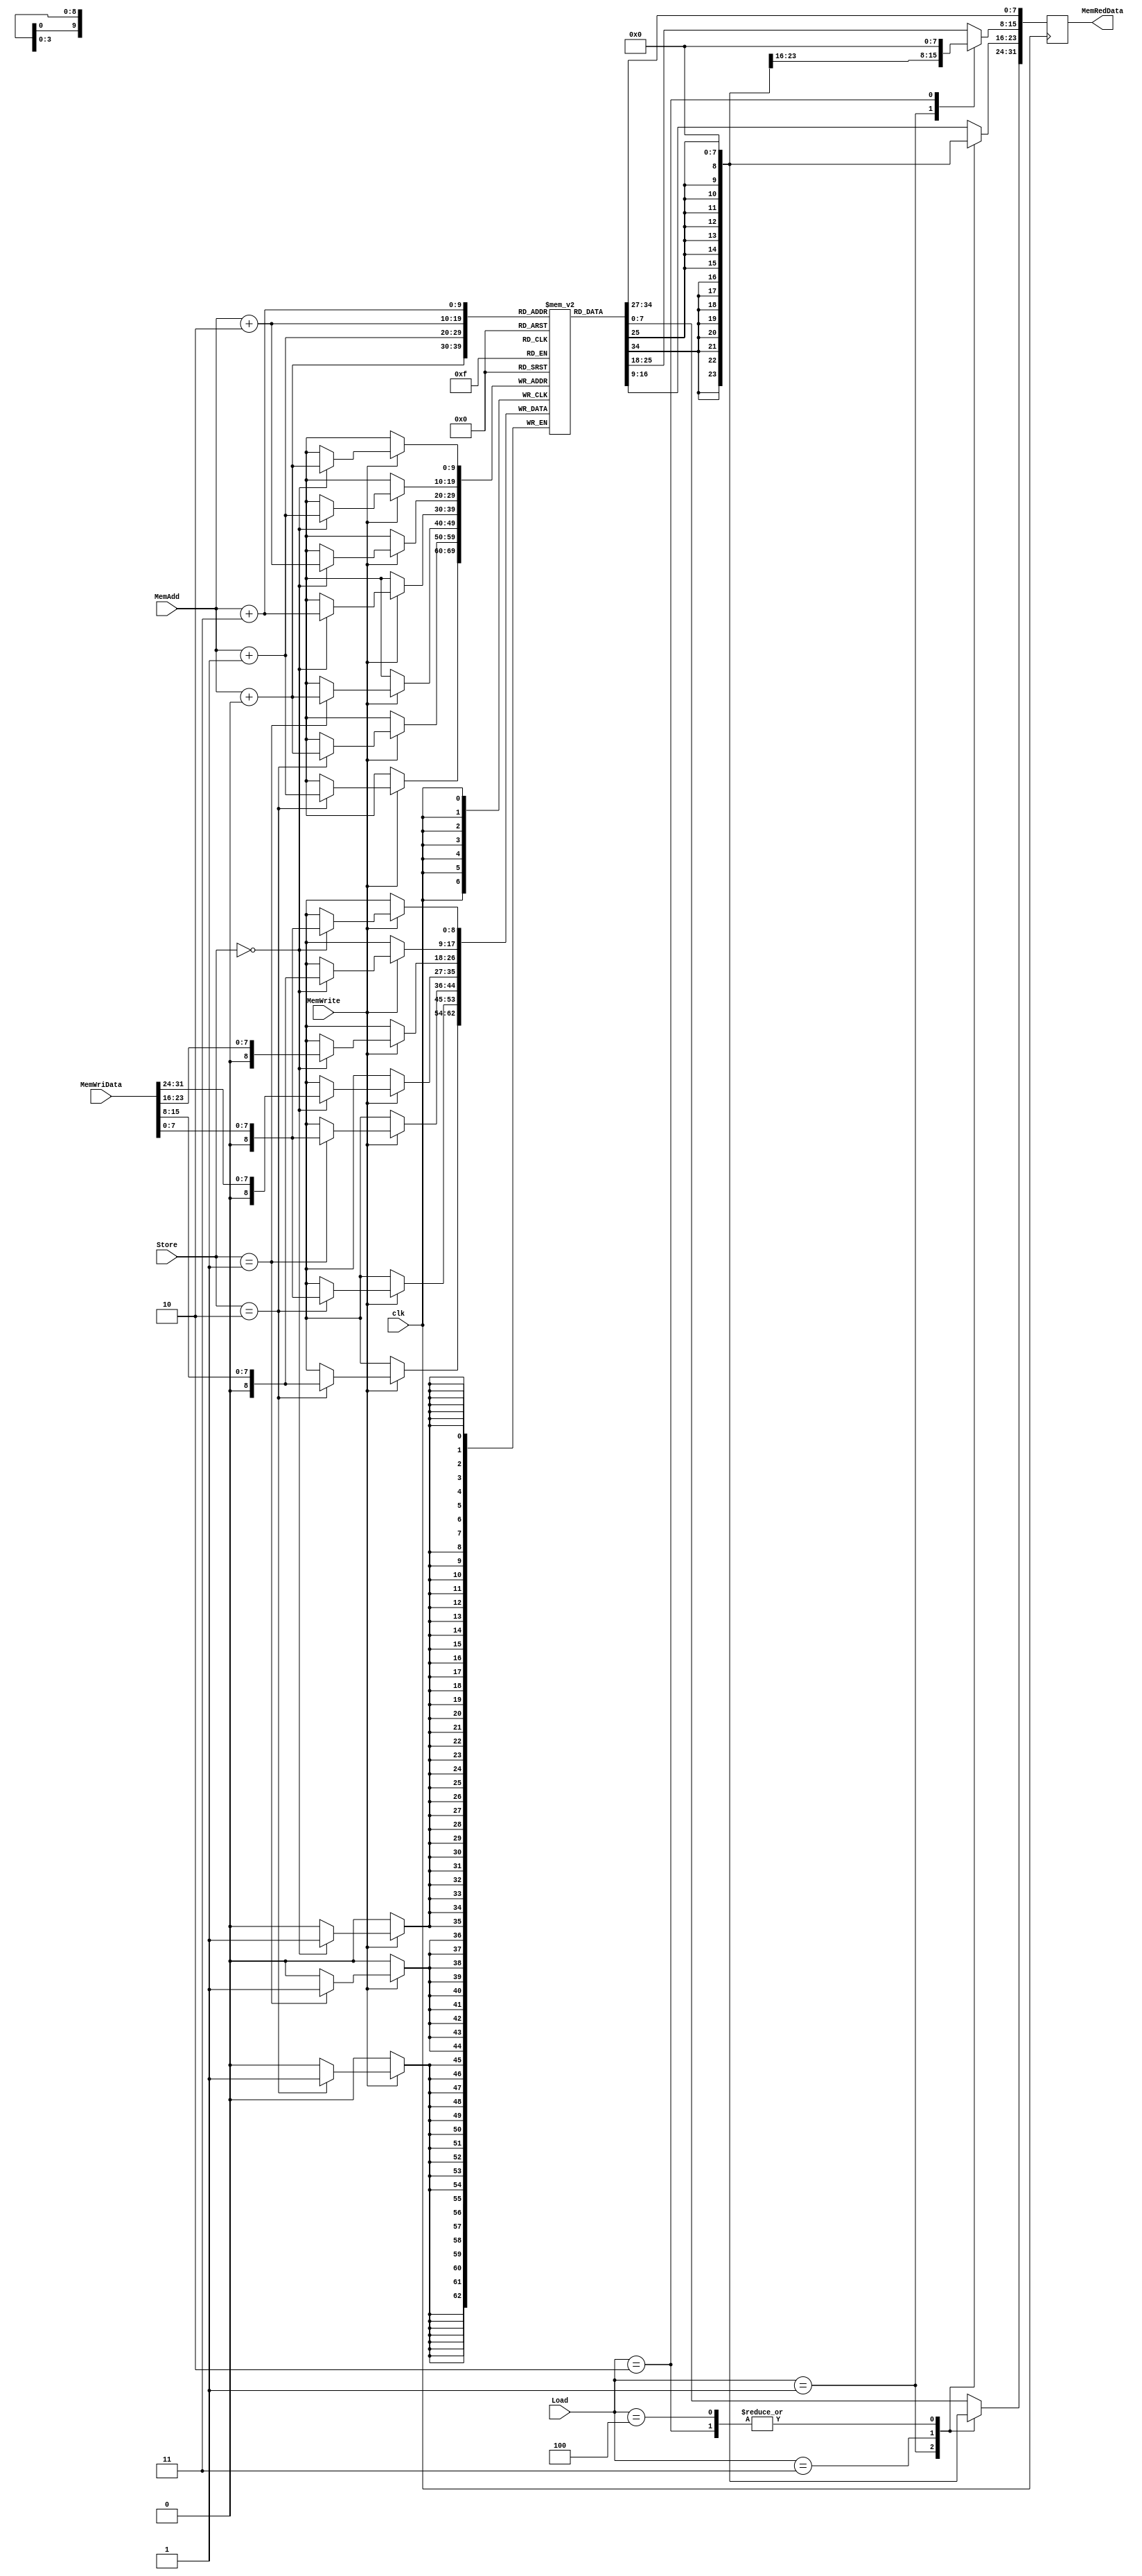
module DM(clk, MemWrite, MemAdd, MemWriData, Load, Store, MemRedData);
   input          clk;
   input          MemWrite;
   input  [9:0]   MemAdd;
   input  [31:0]  MemWriData;
   input  [2: 0]  Load;
   input  [1: 0]  Store;
   output reg [31:0]  MemRedData;
    
   reg [8:0] ram[1023:0];
   //reg [31:0] dout = 32'b0; //default

   always @(posedge clk)
    begin
      if (MemWrite) begin
         case(Store)
            2'b00: begin // sw
               ram[MemAdd + 0] = MemWriData[7:0];
               ram[MemAdd + 1] = MemWriData[15:8];
               ram[MemAdd + 2] = MemWriData[23:16];
               ram[MemAdd + 3] = MemWriData[31:24];
            end
            2'b01: begin // sb
               ram[MemAdd + 0] = MemWriData[7:0];
            end
            2'b10: begin // sh
               ram[MemAdd + 0] = MemWriData[7:0];
               ram[MemAdd + 1] = MemWriData[15:8];
            end
         endcase
       
        $display("ram[0x%8X] = 0x%2X 0x%2X 0x%2X 0x%2X ", (MemAdd / 4) << 2, ram[((MemAdd / 4) << 2) + 3], ram[((MemAdd / 4) << 2) + 2], ram[((MemAdd / 4) << 2) + 1], ram[((MemAdd / 4) << 2)]); 
      end
   end

   always @(negedge clk) begin
      case(Load)
         3'b000: begin // lw
            MemRedData[7:0]   = ram[MemAdd + 0];
            MemRedData[15:8]  = ram[MemAdd + 1];
            MemRedData[23:16] = ram[MemAdd + 2];
            MemRedData[31:24] = ram[MemAdd + 3];
         end
         3'b001: begin // lb
            //MemRedData[7:0]   = ram[MemAdd + 0];
            MemRedData = {{24{ram[MemAdd + 0][7]}}, ram[MemAdd + 0][7: 0]};
         end
         3'b010: begin // lbu
            MemRedData = {24'd0, ram[MemAdd + 0][7: 0]};
         end
         3'b011: begin // lh
            MemRedData = {{16{ram[MemAdd + 1][7]}}, ram[MemAdd + 1][7: 0], ram[MemAdd + 0][7: 0]};
         end
         3'b100: begin // lhu
            MemRedData = {16'd0, ram[MemAdd + 1][7: 0], ram[MemAdd + 0][7: 0]};
         end
         default: begin //default
            MemRedData[7:0]   = ram[MemAdd + 0];
            MemRedData[15:8]  = ram[MemAdd + 1];
            MemRedData[23:16] = ram[MemAdd + 2];
            MemRedData[31:24] = ram[MemAdd + 3];
         end
      endcase
      //$display("data_add_load = 0x%8X ", MemAdd);
      //$display("ram[0x%8X] = 0x%2X 0x%2X 0x%2X 0x%2X ", (MemAdd / 4) << 2, ram[((MemAdd / 4) << 2) + 3], ram[((MemAdd / 4) << 2) + 2], ram[((MemAdd / 4) << 2) + 1], ram[((MemAdd / 4) << 2)]);
      //$display("data_in = 0x%8X ", MemWriData);
      //$display("data_out = 0x%8X ", MemRedData);
   end
endmodule